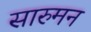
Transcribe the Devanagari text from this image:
सारुमन